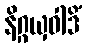
နိဂ္ဂယှဝါဒိံ